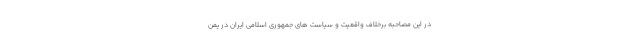
در این مصاحبه برخلاف واقعیت و سیاست های جمهوری اسلامی ایران در یمن